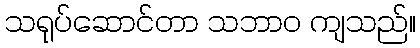
သရုပ်ဆောင်တာ သဘာဝ ကျသည်။